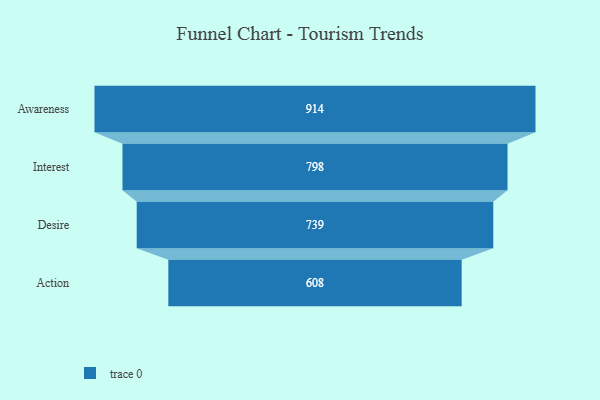
{"axis": {"x": "Stage", "y": "Value"}, "legend": [""], "data": [{"x": "Awareness", "y": 914.0, "type": ""}, {"x": "Interest", "y": 798.0, "type": ""}, {"x": "Desire", "y": 739.0, "type": ""}, {"x": "Action", "y": 608.0, "type": ""}]}